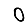
Digit: 0